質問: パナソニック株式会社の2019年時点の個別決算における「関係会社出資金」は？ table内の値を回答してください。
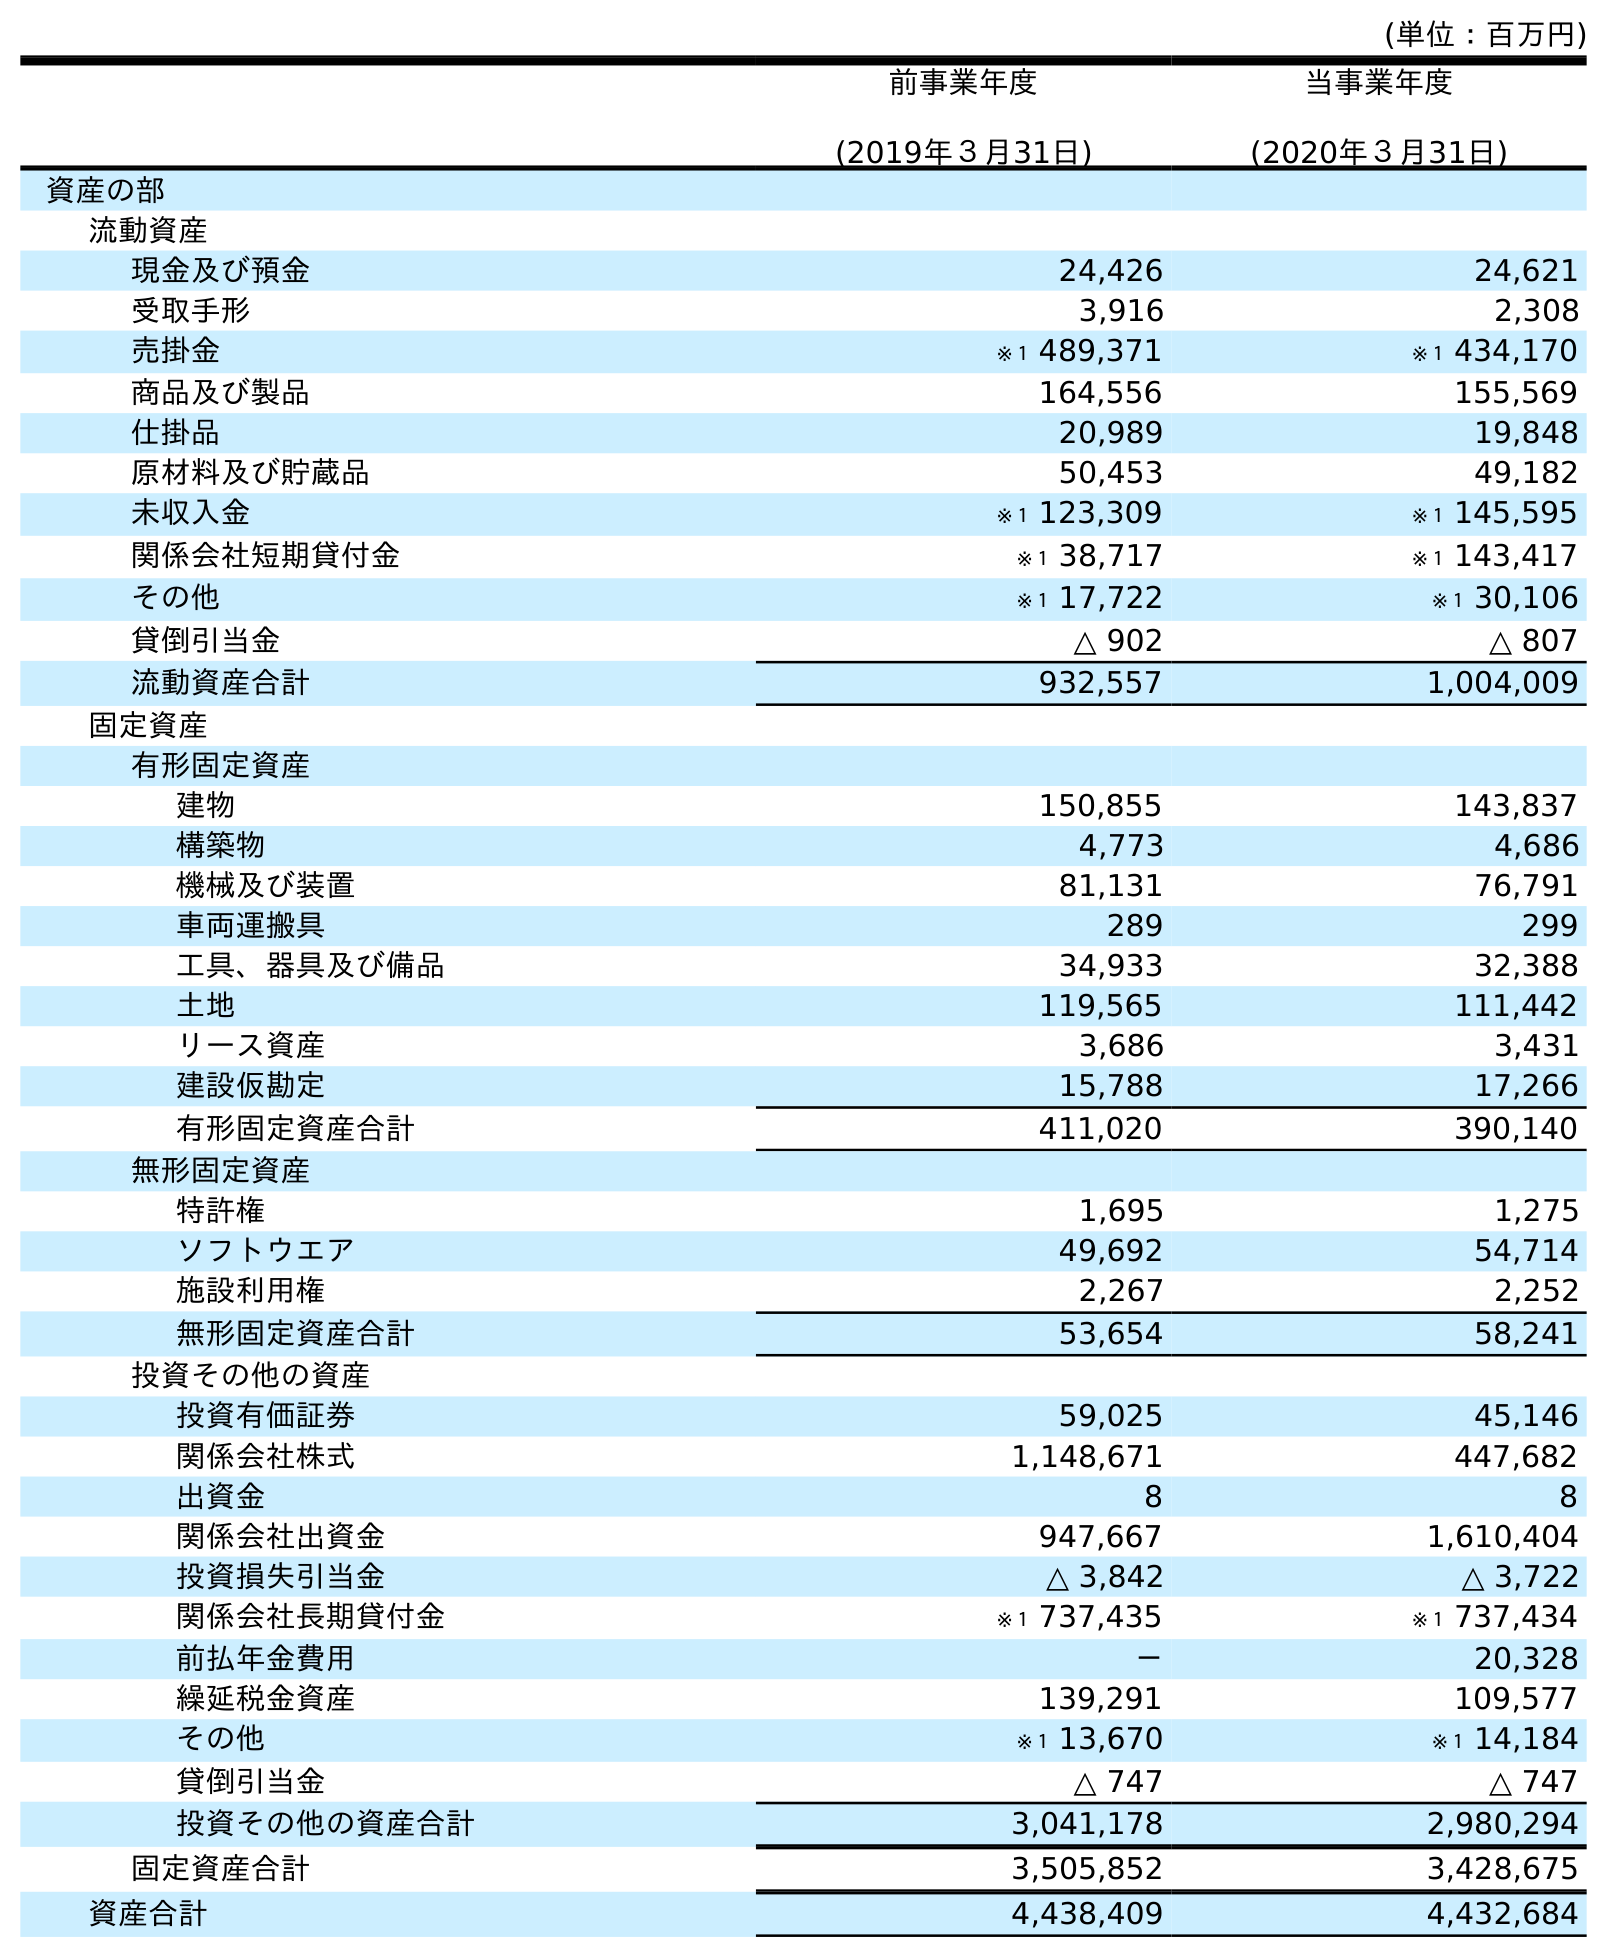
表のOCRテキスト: (単位：百万円) 前事業年度 (2019年３月31日) 当事業年度 (2020年３月31日) 資産の部 流動資産 現金及び預金 24,426 24,621 受取手形 3,916 2,308 売掛金 ※１ 489,371 ※１ 434,170 商品及び製品 164,556 155,569 仕掛品 20,989 19,848 原材料及び貯蔵品 50,453 49,182 未収入金 ※１ 123,309 ※１ 145,595 関係会社短期貸付金 ※１ 38,717 ※１ 143,417 その他 ※１ 17,722 ※１ 30,106 貸倒引当金 △ 902 △ 807 流動資産合計 932,557 1,004,009 固定資産 有形固定資産 建物 150,855 143,837 構築物 4,773 4,686 機械及び装置 81,131 76,791 車両運搬具 289 299 工具、器具及び備品 34,933 32,388 土地 119,565 111,442 リース資産 3,686 3,431 建設仮勘定 15,788 17,266 有形固定資産合計 411,020 390,140 無形固定資産 特許権 1,695 1,275 ソフトウエア 49,692 54,714 施設利用権 2,267 2,252 無形固定資産合計 53,654 58,241 投資その他の資産 投資有価証券 59,025 45,146 関係会社株式 1,148,671 447,682 出資金 8 8 関係会社出資金 947,667 1,610,404 投資損失引当金 △ 3,842 △ 3,722 関係会社長期貸付金 ※１ 737,435 ※１ 737,434 前払年金費用 － 20,328 繰延税金資産 139,291 109,577 その他 ※１ 13,670 ※１ 14,184 貸倒引当金 △ 747 △ 747 投資その他の資産合計 3,041,178 2,980,294 固定資産合計 3,505,852 3,428,675 資産合計 4,438,409 4,432,684
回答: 947,667